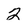
Character: 2